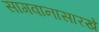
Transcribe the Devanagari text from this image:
सागवानासारखे